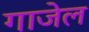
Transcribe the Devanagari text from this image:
गाजेल